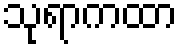
သုရာကထာ